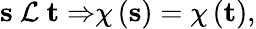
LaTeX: {\mathbf s\ }{\cal L\ }{\mathbf t\Rightarrow}\chi\left({\mathbf s}\right)=\chi\left({\mathbf t}\right),